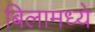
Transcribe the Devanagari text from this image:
बिलामध्ये